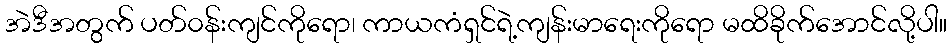
အဲဒီအတွက် ပတ်၀န်းကျင်ကိုရော၊ ကာယကံရှင်ရဲ့ကျန်းမာရေးကိုရော မထိခိုက်အောင်လို့ပါ။